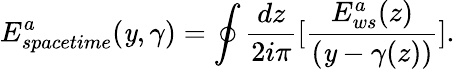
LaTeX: E_{spacetime}^{a}(\mathit{y},\gamma)=\oint{\frac{{dz}}{{2i\pi}}}\lbrack{\frac{{E_{ws}^{a}(z)}}{{(\mathit{y}-\gamma(z))}}}\rbrack.